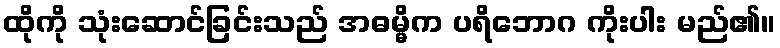
ထိုကို သုံးဆောင်ခြင်းသည် အဓမ္မိက ပရိဘောဂ ကိုးပါး မည်၏။